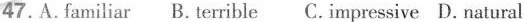
47.A.familiar B. terrible C. impressive D. natural